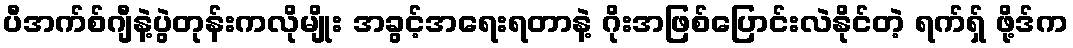
ပီအက်စ်ဂျီနဲ့ပွဲတုန်းကလိုမျိုး အခွင့်အရေးရတာနဲ့ ဂိုးအဖြစ်ပြောင်းလဲနိုင်တဲ့ ရက်ရှ် ဖို့ဒ်က